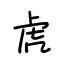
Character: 虎